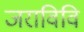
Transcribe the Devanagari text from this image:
जराविवि